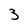
Character: 3